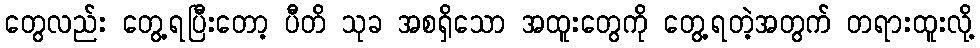
တွေလည်း တွေ့ရပြီးတော့ ပီတိ သုခ အစရှိသော အထူးတွေကို တွေ့ရတဲ့အတွက် တရားထူးလို့